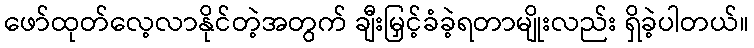
ဖော်ထုတ်လေ့လာနိုင်တဲ့အတွက် ချီးမြှင့်ခံခဲ့ရတာမျိုးလည်း ရှိခဲ့ပါတယ်။